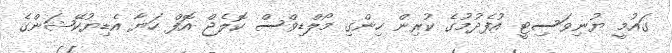
ގައުމީ ޔުނިވަސިޓީ އުފެދުމުގެ ކުރިން ހިންގި މޯލްޑިވްސް ކޮލެޖް އޮފް ހަޔާ އެޑިޔުކޭޝަންގެ